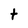
Character: t